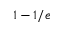
1 - 1 / e